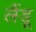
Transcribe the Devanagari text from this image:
लैंडू